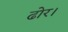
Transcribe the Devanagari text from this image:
ढोर।